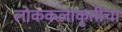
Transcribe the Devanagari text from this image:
लोककलाकृतींचा